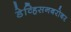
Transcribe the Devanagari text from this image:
डेव्हिसनबरोबर